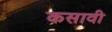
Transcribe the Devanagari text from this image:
कसावी